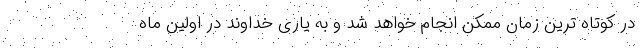
در کوتاه ترین زمان ممکن انجام خواهد شد و به یاری خداوند در اولین ماه